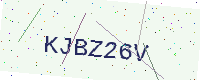
Text: KJBZ26V